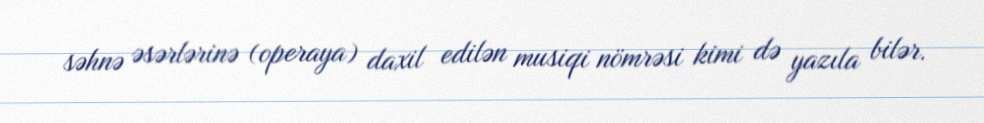
səhnə əsərlərinə (operaya) daxil edilən musiqi nömrəsi kimi də yazıla bilər.